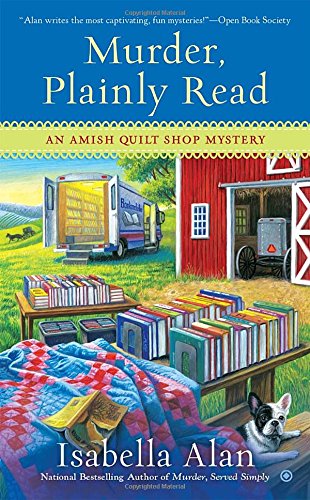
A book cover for Murder, Plainly Read: An Amish Quilt Shop Mystery; Isabella Alan; Mystery, Thriller & Suspense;